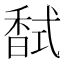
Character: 𮩧